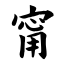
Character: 甯